Annual returns of the Patna Lunatic Asylum at Bankipore in Bihar and Orissa - 1912-1924
Year: 1912
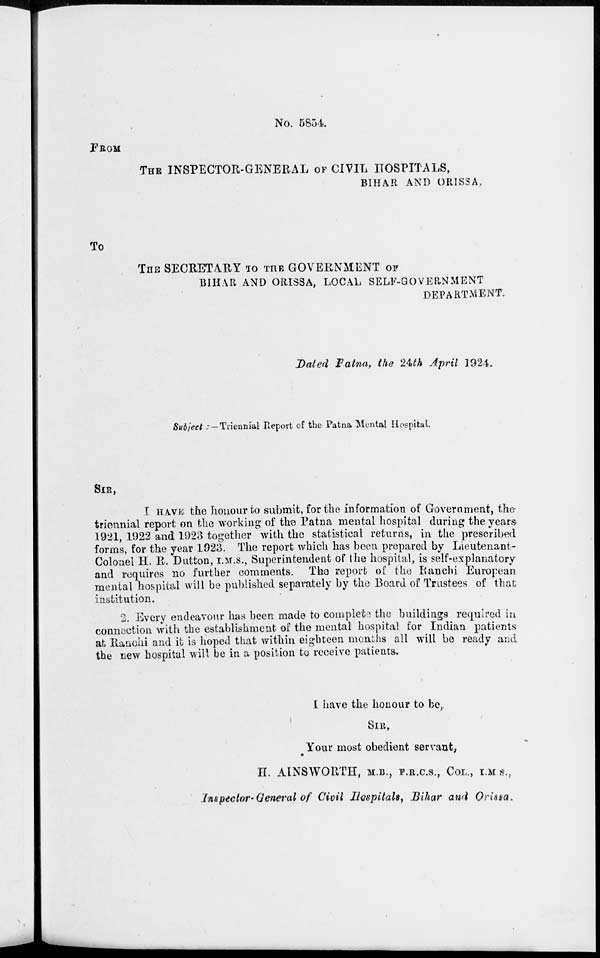
No. 5854
FROM
THE INSPECTOR-GENERAL OF CIVIL HOSPITALS,
BIHAR AND ORISSA,
To
THE SECRETARY TO THE GOVERNMENT OF
BIHAR AND ORISSA, LOCAL SELF-GOVERNMENT
DEPARTMENT.
Dated Patna, the 24th April 1924.
Subject : — Triennial Report of the Patna Mental Hospital
SIR,
I HAVE the honour to submit, for the information of Government, the
triennial report on the working of the Patna mental hospital during the years
1921, 1922 and 1923 together with the statistical returns, in the prescribed
forms, for the year 1923. The report which has been prepared by Lieutenant-
Colonel H. R. Dutton, I.M.S., Superintendent of the hospital, is self-explanatory
and requires no further comments. The report of the Ranchi European
mental hospital will be published separately by the Board of Trustees of that
institution.
2. Every endeavour has been made to complete the buildings required in
connection with the establishment of the mental hospital for Indian patients
at Ranchi and it is hoped that within eighteen months all will be ready and
the new hospital will be in a position to receive patients.
I have the honour to be,.
SIR,
Your most obedient servant,
H. AINSWORTH, M.B., F.R.C.S., COL., I.M.S.,
Inspector-General of Civil Hospitals, Bihar and Orissa.